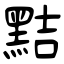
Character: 黠